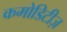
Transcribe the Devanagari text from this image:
कमोडिटीज़